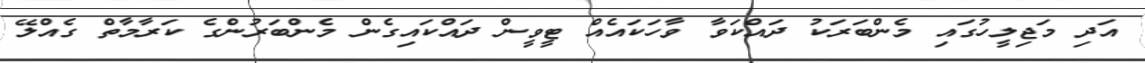
އަދި މަޖިލީހުގައި މެންބަރަކު ދައްކަވާ ވާހަކައެއް ޓީވީން ދައްކައިގެން މެންބަރުންގެ ކަރާމާތް ގެއްލޭ